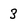
Character: 3